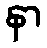
နာ